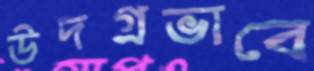
উদগ্রভাবে